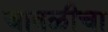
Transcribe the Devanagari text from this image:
जावळीचा